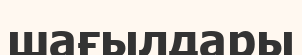
шағылдары